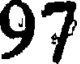
97